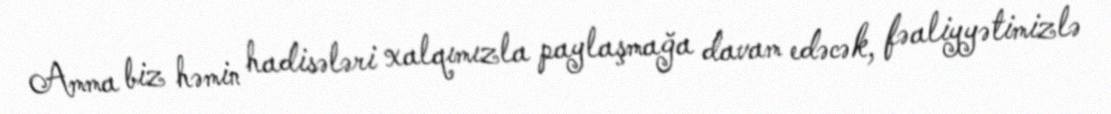
Amma biz həmin hadisələri xalqımızla paylaşmağa davam edəcək, fəaliyyətimizlə